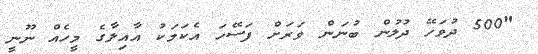
"500 ދުވަހޭ ދުލުން ބުނަން ވަރަށް ފަސޭހަ އެކަމަކު އާއިލާގެ މީހެއް ނޫނީ